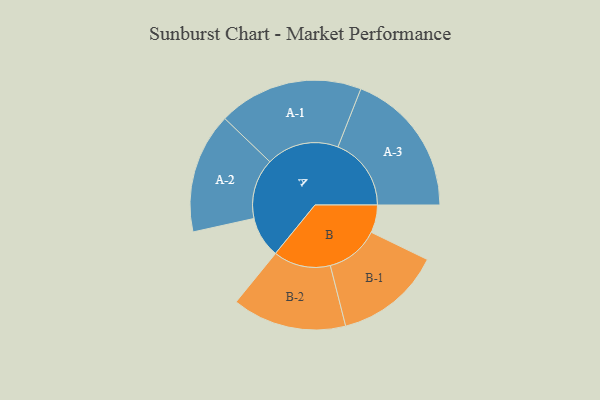
{"axis": {"x": "Segment", "y": "Value"}, "legend": ["", "A", "B"], "data": [{"x": "A", "y": 163, "type": ""}, {"x": "B", "y": 110, "type": ""}, {"x": "A-1", "y": 288, "type": "A"}, {"x": "A-2", "y": 239, "type": "A"}, {"x": "A-3", "y": 291, "type": "A"}, {"x": "B-1", "y": 212, "type": "B"}, {"x": "B-2", "y": 227, "type": "B"}]}